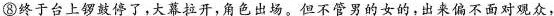
⑧终于台上锣敲停了,大幕拉开,角色出场。但不管男的女的，出来偏不面对观众，